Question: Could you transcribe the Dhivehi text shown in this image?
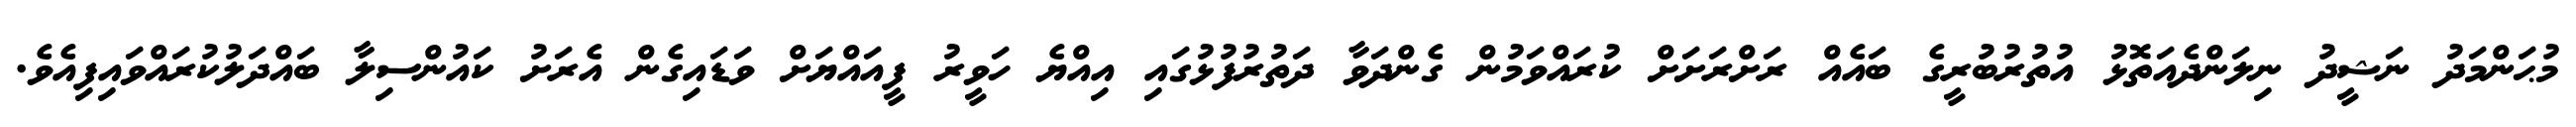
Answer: މުޙަންމަދު ނަޝީދު ނިލަންދެއަތޮޅު އުތުރުބުރީގެ ބައެއް ރަށްރަށަށް ކުރައްވަމުން ގެންދަވާ ދަތުރުފުޅުގައި އިއްޔެ ހަވީރު ފީއައްޔަށް ވަޑައިގެން އެރަށު ކައުންސިލާ ބައްދަލުކުރައްވައިފިއެވެ.